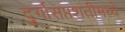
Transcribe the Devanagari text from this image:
दुर्गासप्तशतीमध्ये